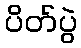
ပိတ်ပွဲ